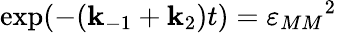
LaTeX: \exp(-(\mathbf{k}_{-1}+\mathbf{k}_{2})t)={\varepsilon_{MM}}^{2}